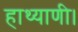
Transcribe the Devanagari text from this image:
हाथ्याणी।